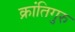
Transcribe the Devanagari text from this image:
क्रांतिगुरु